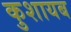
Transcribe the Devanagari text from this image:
कुशायब